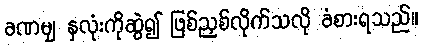
ခဏမျှ နှလုံးကိုဆွဲ၍ ဖြစ်ညှစ်လိုက်သလို ခံစားရသည်။